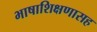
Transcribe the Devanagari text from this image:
भाषाशिक्षणासह